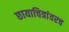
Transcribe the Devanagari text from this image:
छायाचित्रांवरच